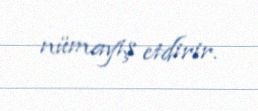
nümayiş etdirir.